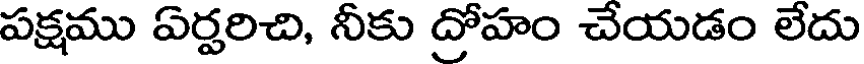
పక్షము ఏర్పరిచి, నీకు ద్రోహం చేయడం లేదు